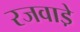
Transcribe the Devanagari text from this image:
रजवाडे़